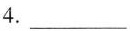
4.___